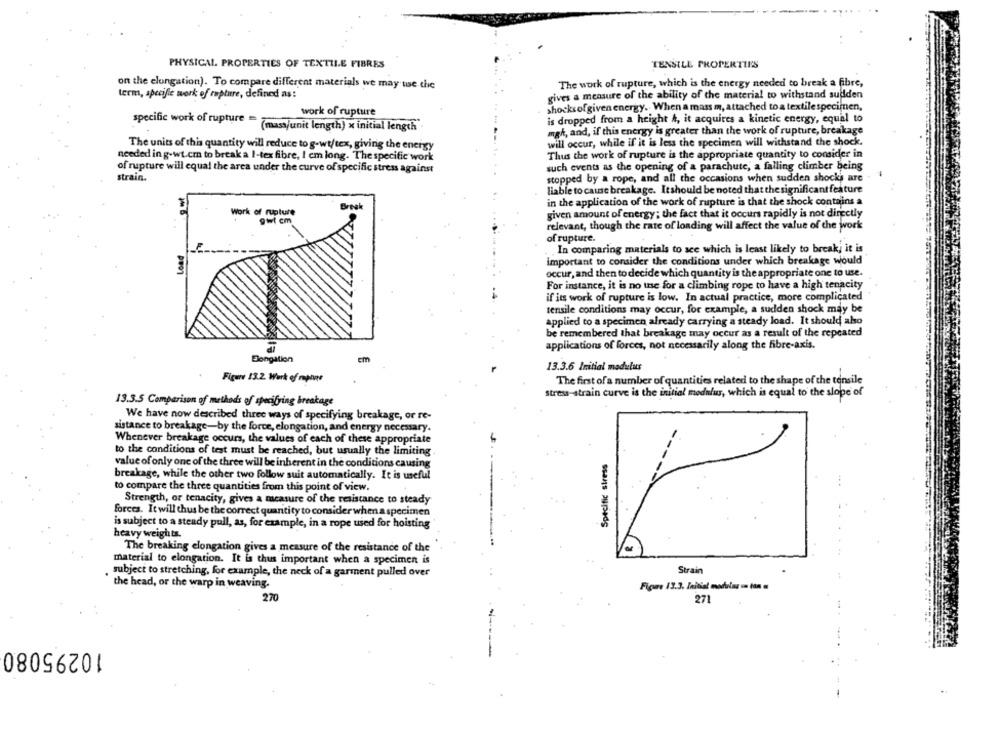
PHYSICAL PROPERTIES OF TEXTILE FIBRES
TENSILE PROPERTIES
on the elongation). To compare different materials we may use the
The work of rupture, which is the energy needed to break a fibre,
term, specific work of rapture, defined as:
gives a measure of the ability of the material to withstand sudden
shocksofgiven energy. When a mass m, attached toa textile specimen,
work of rupture
is dropped from a height &, it acquires a kinetic energy, equal to
specific work of rupture = "mast/unit length) x initial length
mgh, and, if this energy is greater than the work of rupture, breakage
The units of this quantity will reduce to g-wt/tex, giving the energy
will occur, while if it is less the specimen will withstand the shock.
Thus the work of rupture is the appropriate quantity to consider in
needed in g-wt.cm to break a I-tex fibre, I cm long. The specific work
of rupture will equal the area under the curve of specific stress against
such events as the opening of a parachute, a falling climber being
strain.
stopped by a rope, and all the occasions when sudden shocks are
liable to cause breakage. It should be noted that the significant feature
in the application of the work of rupture is that the shock contains a
Work of rupture
gwt cm
given amount of energy; the fact that it occurs rapidly is not directly
relevant, though the rate of loading will affect the value of the work
of rupture.
Load
In comparing materials to see which is least likely to breakj it is
important to consider the conditions under which breakage would
occur, and then to decide which quantity is the appropriate one to use.
For instance, it is no use for a climbing rope to have a high tenacity
if its work of rupture is low. In actual practice, more complicated
tensile conditions may occur, for example, a sudden shock may be
applied to a specimen already carrying a steady load. It should also
be remembered that breakage may occur as a result of the repeated
applications of forces, not necessarily along the fibre-axis.
Elongation
Em
13.3.6 Initial modulus
Figure 13.2. Werk of manns
The first of a number of quantities related to the shape of the tensile
stress-strain curve is the initial modulus, which is equal to the slope of
13.3.5 Comparison of methods of specifying breakage
We have now described three ways of specifying breakage, or re-
sistance to breakage-by the force, elongation, and energy necessary.
Whenever breakage occurs, the values of each of these appropriate
to the conditions of test must be reached, but usually the limiting
Specific stress
value of only one of the three will be inherent in the conditions causing
breakage, while the other two follow suit automatically. It is useful
to compare the three quantities from this point of view.
Strength, or tenacity, gives a measure of the resistance to steady
forces. It will thus be the correct quantity to consider when a specimen
is subject to a steady pull, as, for example, in a rope used for hoisting
heavy weights.
The breaking elongation gives a measure of the resistance of the
material to elongation. It is thus important when a specimen is
Strain
subject to stretching, for example, the neck of a garment pulled over
the head, or the warp in weaving.
Figure 13.3. Initial modular un tan a
270
271
10295080